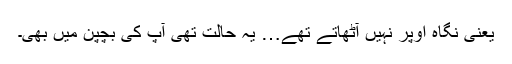
یعنی نگاہ اُوپر نہیں آٹھاتے تھے… یہ حالت تھی آپ کی بچپن میں بھی۔